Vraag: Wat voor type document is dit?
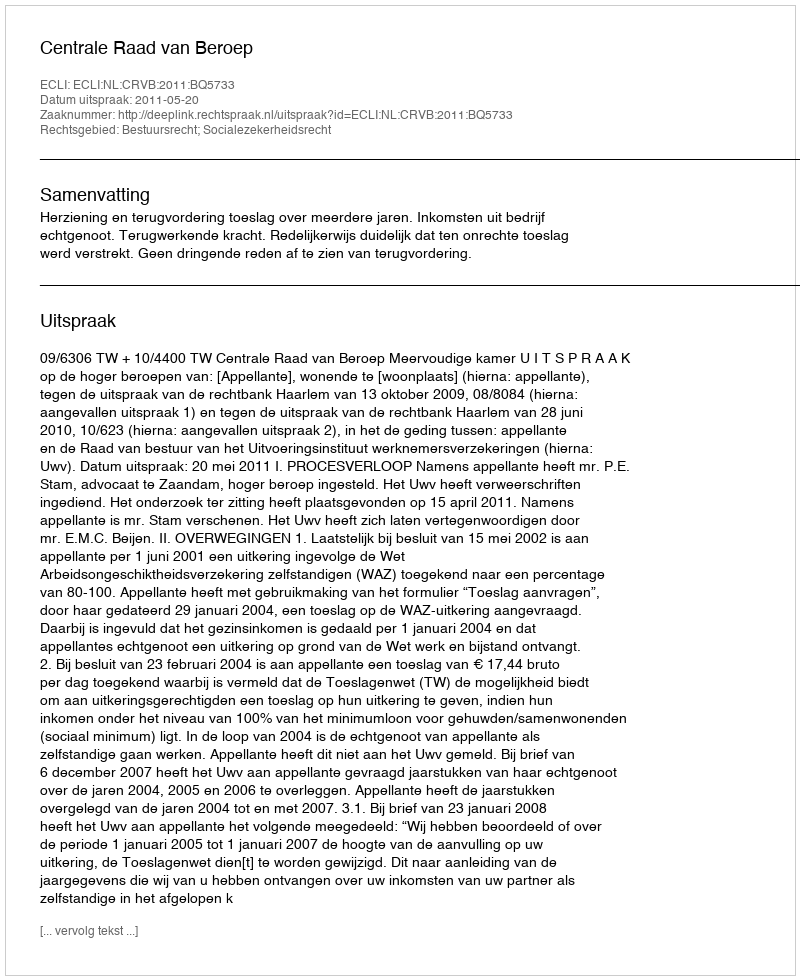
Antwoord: Uitspraak